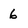
Character: 6